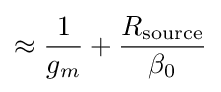
\approx {1 \over g_{m}}+{R_{\text{source}} \over \beta _{0}}